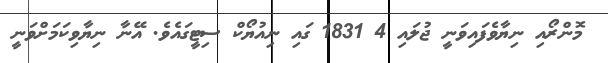
މޮންރޯއި ނިޔާވެފައިވަނީ ޖުލައި 4 1831 ގައި ނިއުޔޯކް ސިޓީގައެވެ. އޭނާ ނިޔާވިކަމަށްވަނީ